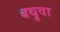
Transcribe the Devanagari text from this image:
बथुवा